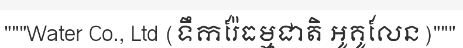
"""Water Co., Ltd (ទឹករ៉ែធម្មជាតិ អូគូលែន)"""